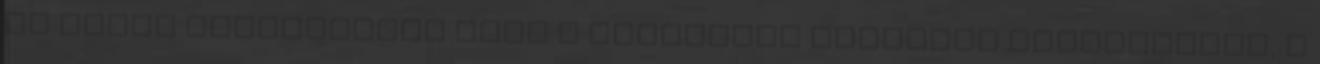
Ha pedig népszavazás lesz a budapesti olimpiai pályázatról, a